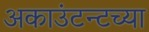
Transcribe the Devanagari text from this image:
अकाउंटन्टच्या